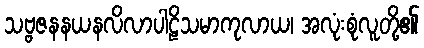
သဗ္ဗဇနနယနလိလာပါဠိသမာကုလာယ၊ အလုံးစုံလူတို့၏